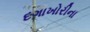
દગાખોરીના